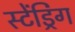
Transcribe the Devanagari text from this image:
स्टेंड्रिंग